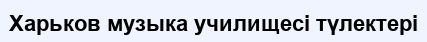
Харьков музыка училищесі түлектері